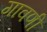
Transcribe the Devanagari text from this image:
गावणी